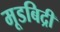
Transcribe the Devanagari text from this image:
मूडबिद्री